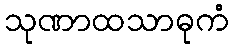
သုဏာထသာဓုကံ